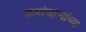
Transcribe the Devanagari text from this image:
कर्माचाऱ्यांच्या